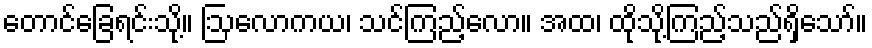
တောင်ခြေရင်းသို့။ ဩလောကယ၊ သင်ကြည့်လော။ အထ၊ ထိုသို့ကြည့်သည်ရှိသော်။